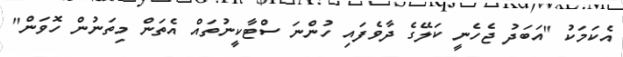
އެކަމަކު "އަބަދު ޖެހެނީ ކަލޭގެ ދާވެފައި ހުންނަ ސްޓާކީނުތައް އެތަން މިތަނުން ހޮވަން"